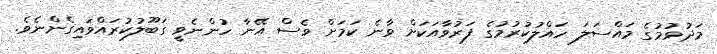
މަދުވުމުގެ މައްސަލަ ހައްލުކުރުމުގެ ފަރުވާއަކަށް ވާނެ ކަމަށް ވެސް އޭނާ ހުންނެވީ ގަބޫލުކުރައްވައިގެންނެވެ.